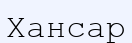
Хансар